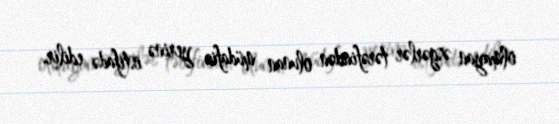
olmayan əsgərlər tərəfindən olunan müdafiə yerinə istifadə edilir.